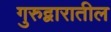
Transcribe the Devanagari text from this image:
गुरुद्वारातील